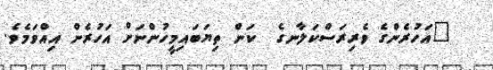
"އަހުރެންގެ ވެރިރަސްކަލާނގެ  ކަން ތިޔަބައިމީހުންނަށް އަހުރެން އިއްވަމެވެ.